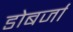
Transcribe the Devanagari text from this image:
डोबर्जा